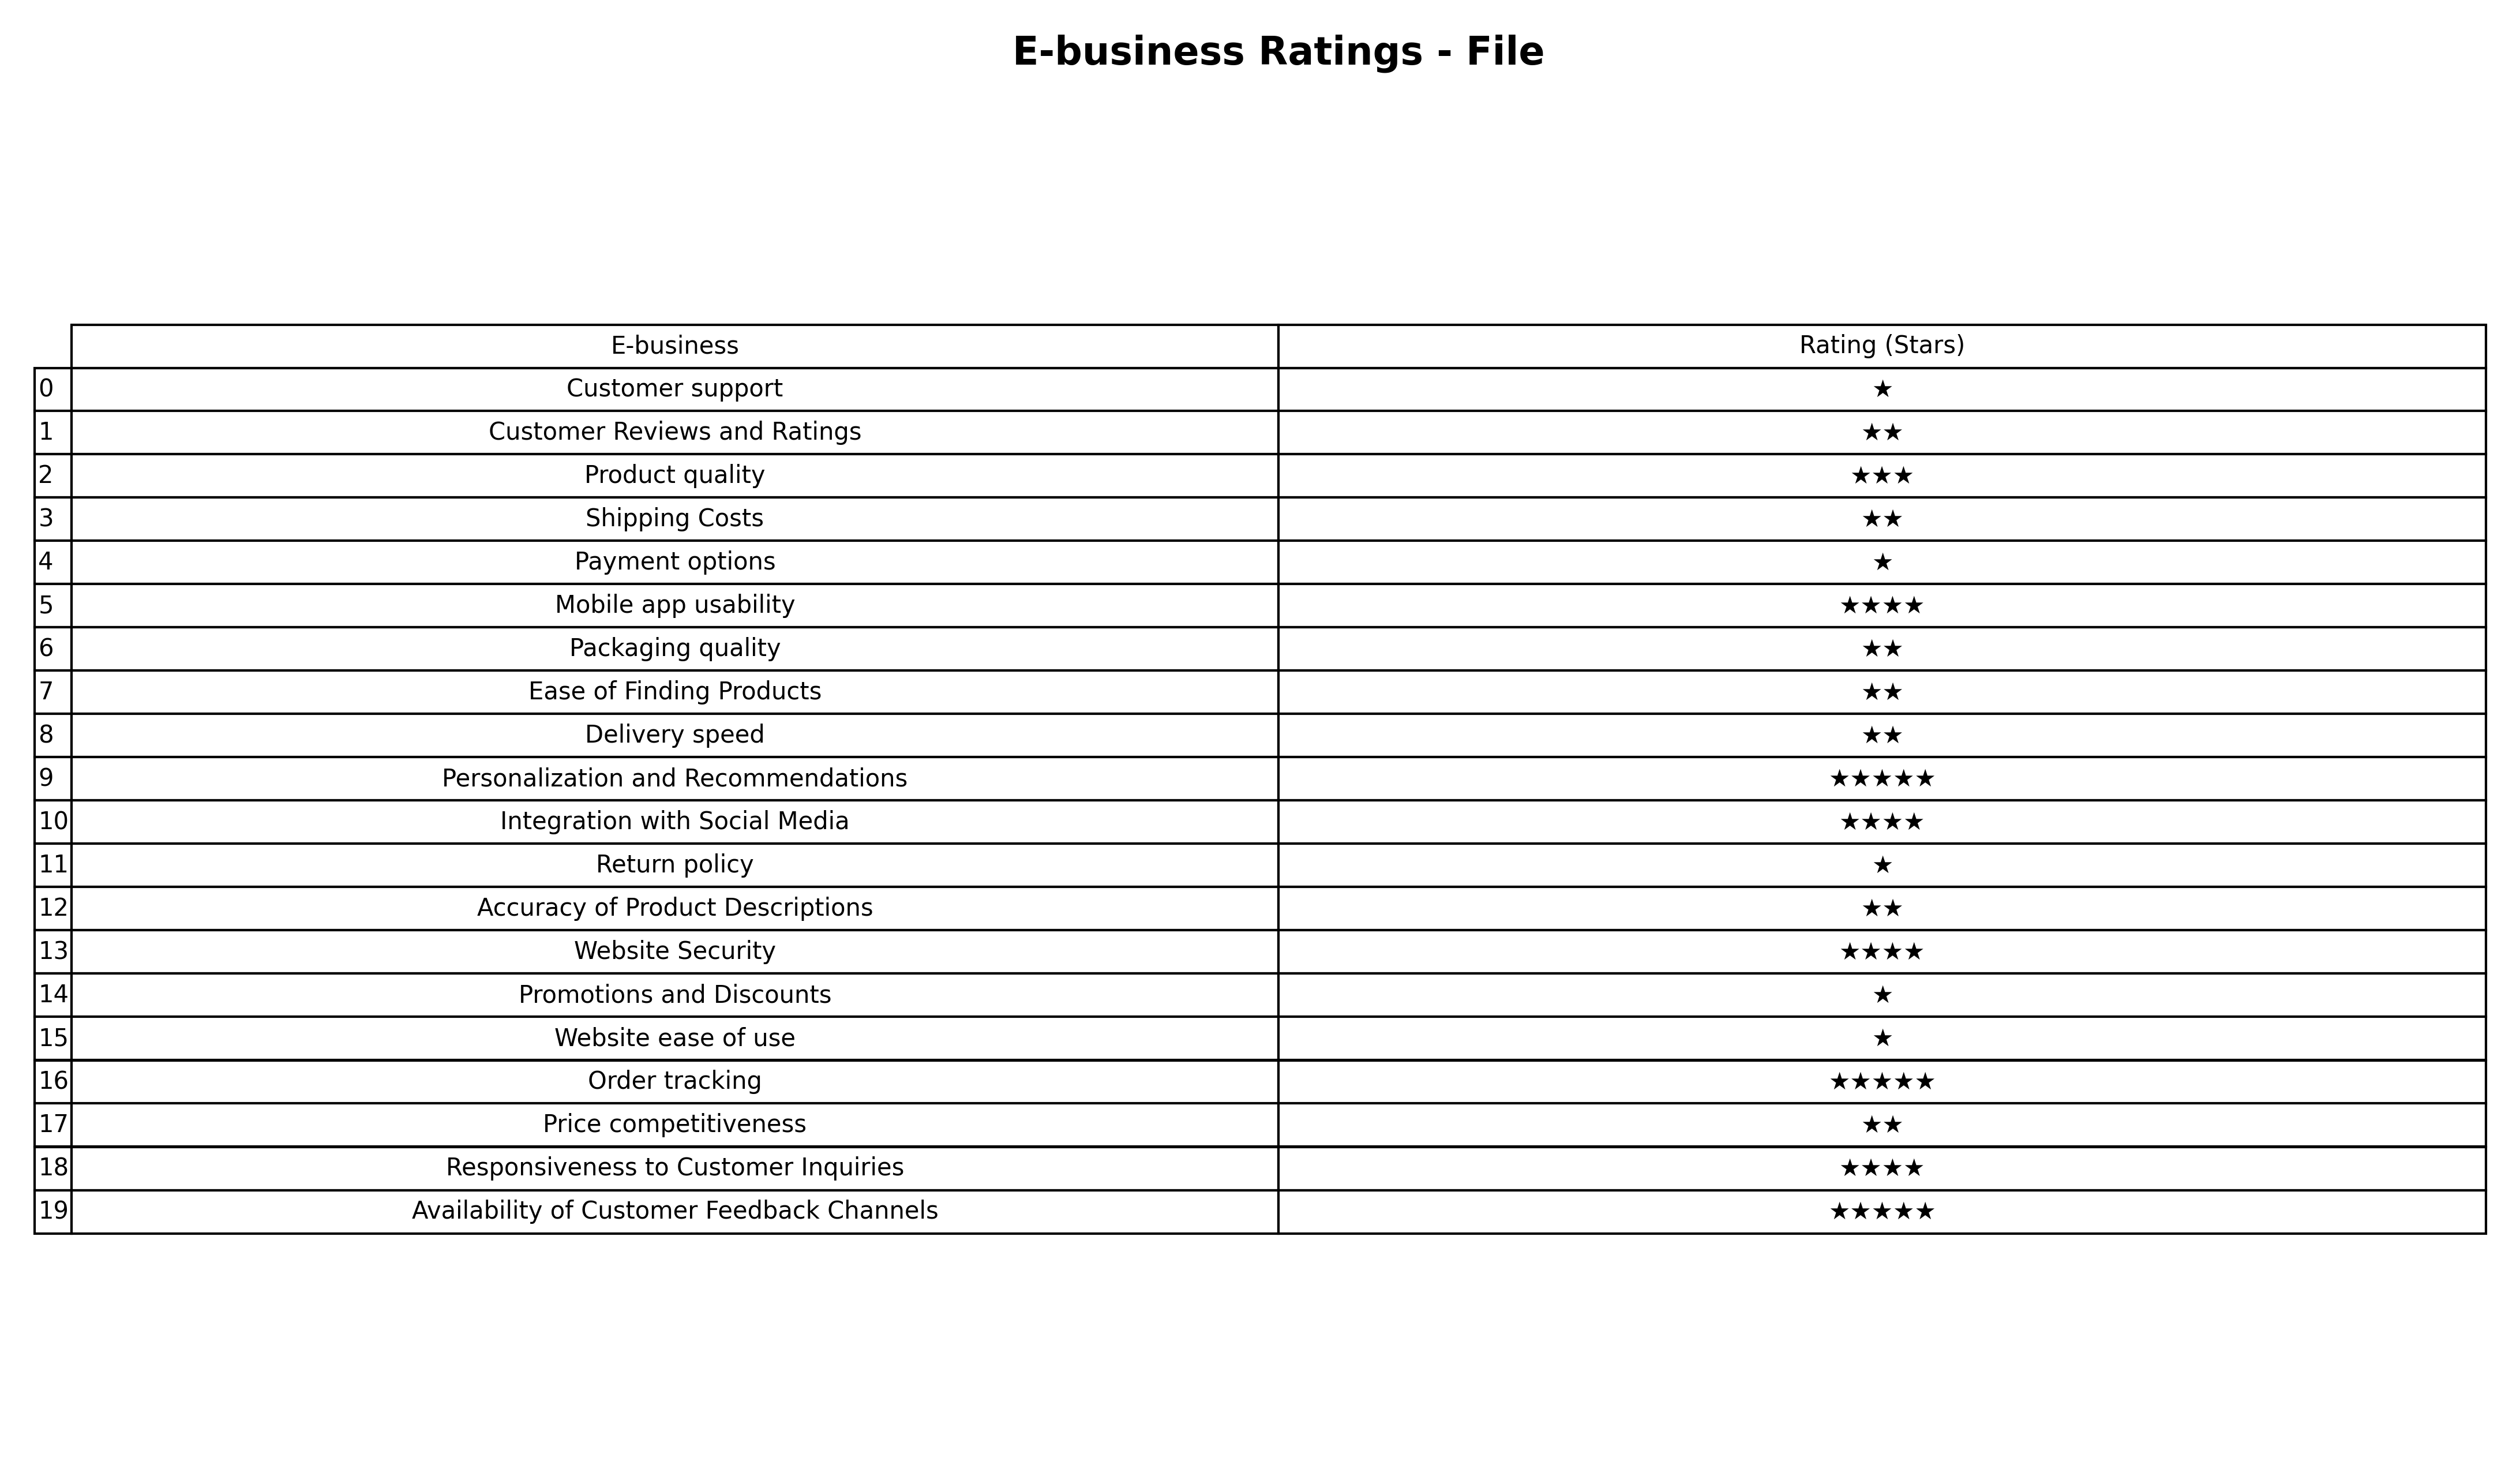
question: What is the rating of Price competitiveness?
answer: ★★